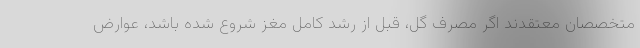
متخصصان معتقدند اگر مصرف گل، قبل از رشد کامل مغز شروع شده باشد، عوارض